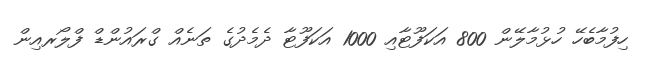
ހިފުމާބެހޭ ހުޅުމާލޭން 800 އަކަފޫޓާއި 1000 އަކަފޫޓާ ދެމެދުގެ ތަނެއް ގްރައުންޑް ފްލޯރއިން